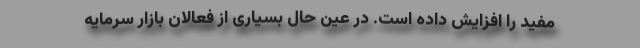
مفید را افزایش داده است. در عین حال بسیاری از فعالان بازار سرمایه